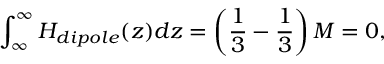
\int _ { \infty } ^ { \infty } H _ { d i p o l e } ( z ) d z = \left( { \frac { 1 } { 3 } } - { \frac { 1 } { 3 } } \right) M = 0 ,